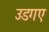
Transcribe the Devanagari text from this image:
उडगए